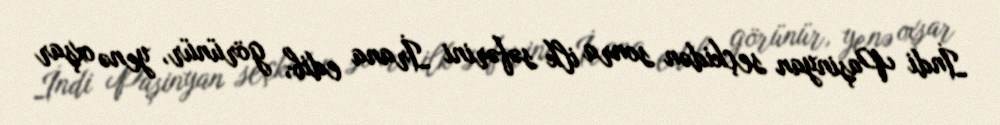
İndi Paşinyan seçkidən sonra ilk səfərini İrana edib, görünür, yenə oxşar